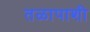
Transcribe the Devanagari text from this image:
तळापाशी